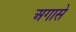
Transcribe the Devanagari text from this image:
अगासे